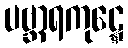
ပဗ္ဘာရကုဋ္ဋေ